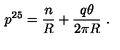
p ^ { 2 5 } = { \frac { n } { R } } + { \frac { q \theta } { 2 \pi R } } \ .